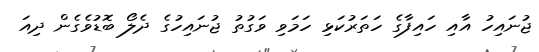
ޖުނައިހު އާއި ހައިފާގެ ހަތަރުކަޅި ހަމަވި ވަގުތު ޖުނައިހުގެ ދެލޯ ބޮޑުވެގެން ދިއަ